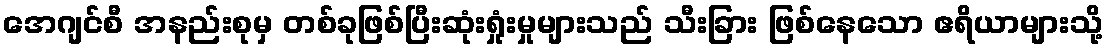
အေဂျင်စီ အနည်းစုမှ တစ်ခုဖြစ်ပြီးဆုံးရှုံးမှုများသည် သီးခြား ဖြစ်နေသော ဧရိယာများသို့